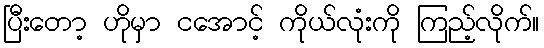
ပြီးတော့ ဟိုမှာ ငအောင့် ကိုယ်လုံးကို ကြည့်လိုက်။